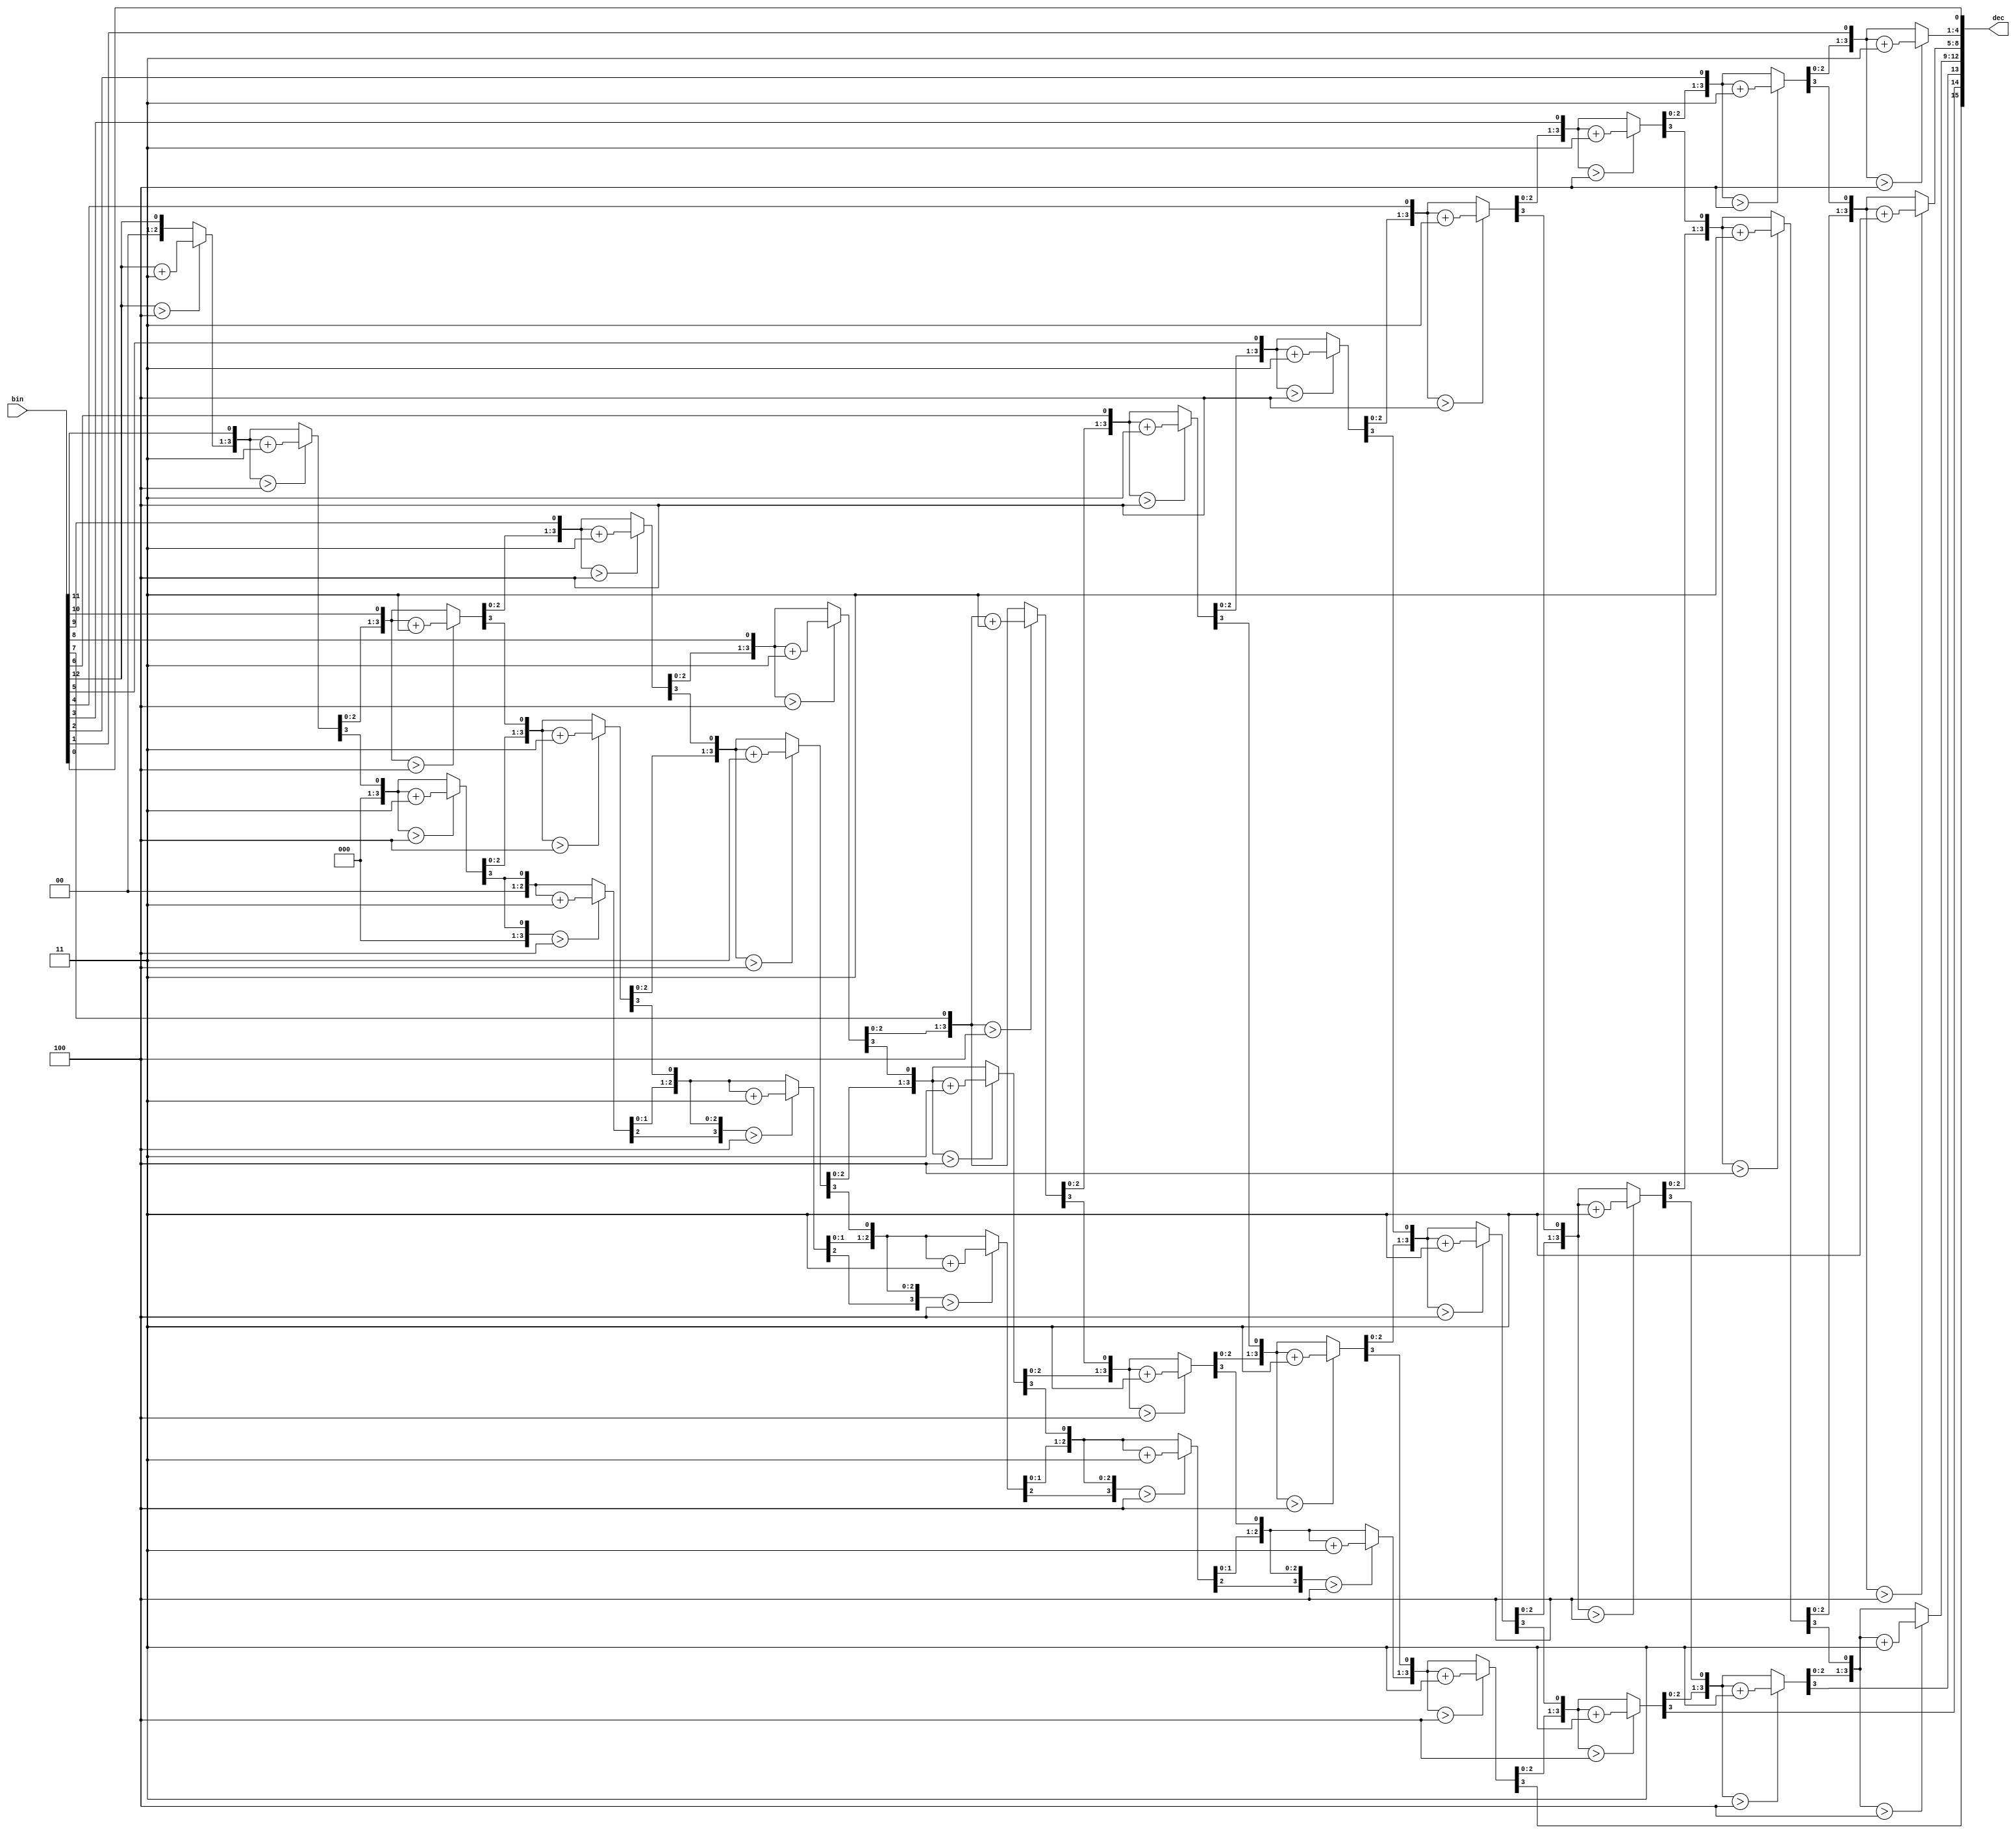
// Design: bin_to_bcd
// Module: bin_to_bcd_13
// Description: Binary to BCD converter using the double dabble algorithm.

////////////////////////////////////////////////////////////////////////////////
// This file is free software: you can redistribute it and/or modify it under //
// the terms of the GNU General Public License as published by the Free       //
// Software Foundation, either version 3 of the License, or (at your option)  //
// any later version. See <http://www.gnu.org/licenses/>.                     //
////////////////////////////////////////////////////////////////////////////////

//
// 13-bit binary to BCD converter, 4 BCD digits, 0 -- 8191
//
// See
//   http://en.wikipedia.org/wiki/Double_dabble
//   http://www.classiccmp.org/cpmarchives/cpm/mirrors/
//     cbfalconer.home.att.net/download/dubldabl.txt

module bin_to_bcd_13 (
    input wire [12:0] bin,   // binary input
    output reg [15:0] dec    // BCD output
    );

    reg [12:0] b;     // local copy of bin
    integer i;        // loop counter

    always @* begin
        b = bin;
        dec = 13'd0;

        for (i=0; i<12; i=i+1) begin
            // shift left dec and b
            {dec,b} = {dec,b} << 1;
            if (dec[3:0] > 4)        // check units
                dec[3:0] = dec[3:0] + 4'd3;
            if (dec[7:4] > 4)        // check tens
                dec[7:4] = dec[7:4] + 4'd3;
            if (dec[11:8] > 4)       // check hundreds
                dec[11:8] = dec[11:8] + 4'd3;
            // thousands are never > 4
        end
        {dec,b} = {dec,b} << 1;  // shift once more
    end
endmodule // bin_to_bcd_13